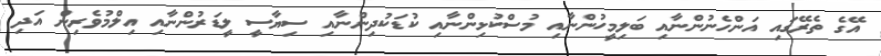
އޭގެ ތެރޭގައި އަންހެނުންނާއި ބަލިމީހުންނާއި މުސްކުޅިންނާއި ކުޑަކުދިންނާއި ސިޔާސީ ލީޑަރުންނާއި އިލްމުވެރިން އަދި